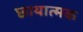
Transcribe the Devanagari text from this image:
छायात्मक